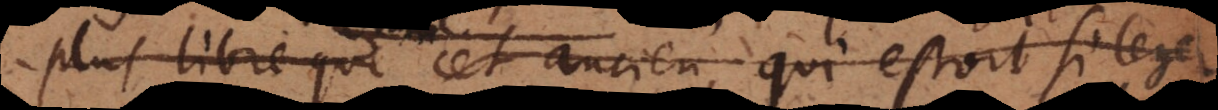
libre que comme cet ancien, qui estoit si leger